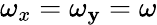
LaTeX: \omega_{x}=\omega_{\mathbf{y}}=\omega